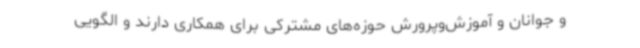
و جوانان و آموزش‌وپرورش حوزه‌های مشترکی برای همکاری دارند و الگویی